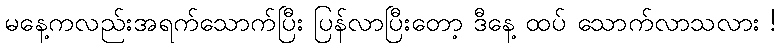
မနေ့ကလည်းအရက်သောက်ပြီး ပြန်လာပြီးတော့ ဒီနေ့ ထပ် သောက်လာသလား !